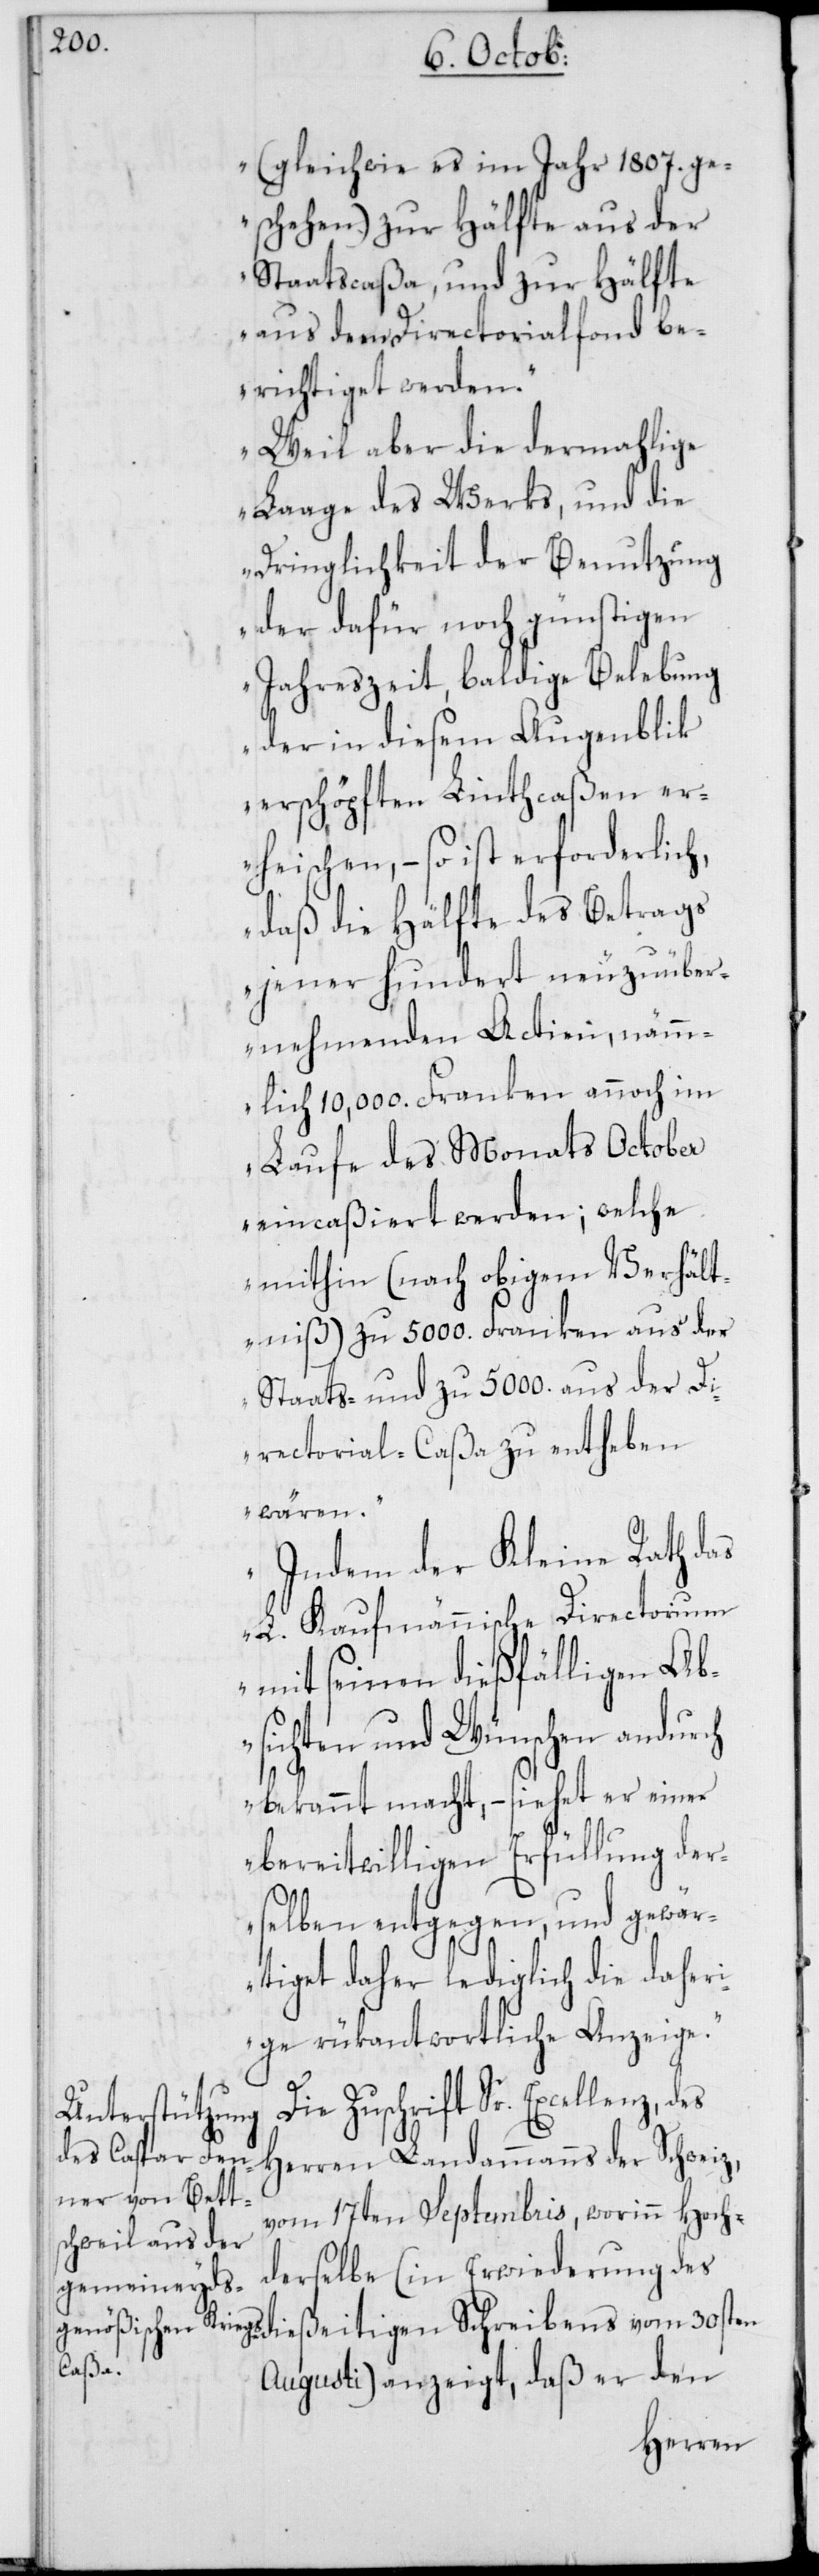
(gleichwie es im Jahr 1807. ge¬
schehen) zur Hälfte aus der
Staatscaßa, und zur Hälfte
aus dem Directorialfonds be¬
richtiget werden.
Weil aber die dermahlige
Laage des Werks, und die
Dringlichkeit der Benutzung
der dafür noch günstigen
Jahreszeit, baldige Belebung
der in diesem Augenblik
erschöpften Linthcaßen er¬
heischen, – so ist erforderlich,
daß die Hälfte des Betrags
jener hundert neu zu über¬
nehmenden Actien, nämm¬
lich 10,000. Franken annoch im
Laufe des Monats October
eincaßiert werden; welche
mithin (nach obigem Verhält¬
niß) zu 5000. Franken aus der
Staats- und zu 5000. aus der Di¬
rectoral-Caßa zu entheben
wären.
Indem der Kleine Rath das
L. Kaufmännische Directorium
mit seinen dießfälligen Ab¬
sichten und Wünschen andurch
bekannt macht, – siehet er einer
bereitwilligen Erfüllung der¬
selben entgegen, und gewär¬
tiget daher lediglich die daher¬
ige rükantwortliche Anzeige“.
Die Zuschrift Sr. Excellenz,
Herren Landammanns der Schweiz,
vom 17ten Septembris, worinn Hoch¬
derselbe (in Erwiederung des
dießeitigen Schreibens vom 30sten
Augusti) anzeigt, daß er den